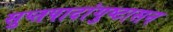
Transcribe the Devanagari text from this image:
सुप्तपादांगुष्टासन